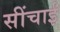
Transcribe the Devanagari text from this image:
सींचाई